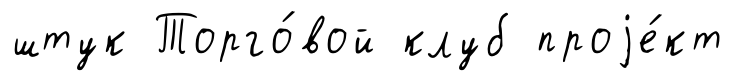
штук Торго́вой клуб проjе́кт